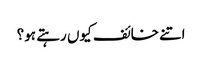
اتنے خائف کیوں رہتے ہو؟